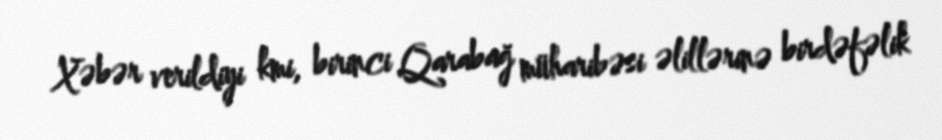
Xəbər verildiyi kmi, birinci Qarabağ müharibəsi əlillərinə birdəfəlik